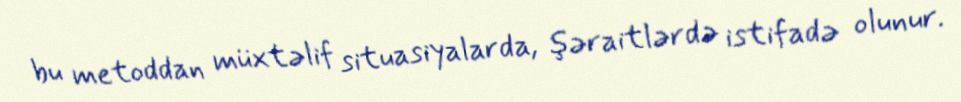
bu metoddan müxtəlif situasiyalarda, şəraitlərdə istifadə olunur.